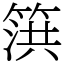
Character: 篊